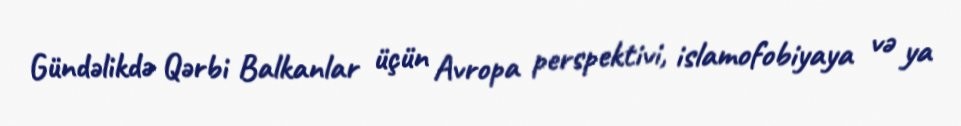
Gündəlikdə Qərbi Balkanlar üçün Avropa perspektivi, islamofobiyaya və ya